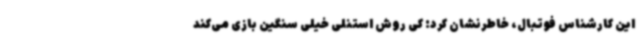
این کارشناس فوتبال، خاطرنشان کرد: کی روش استنلی خیلی سنگین بازی می‌کند